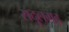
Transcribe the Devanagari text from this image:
सदूलगढ़